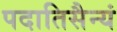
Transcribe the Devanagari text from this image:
पदातिसैन्यं